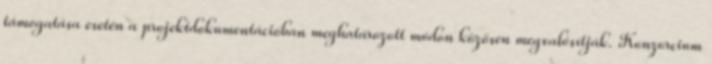
támogatása esetén a projektdokumentációban meghatározott módon közösen megvalósítják. Konzorcium